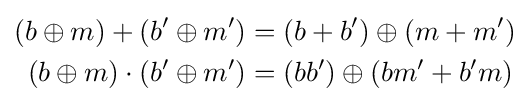
{\begin{aligned}(b\oplus m)+(b'\oplus m')&=(b+b')\oplus (m+m')\\(b\oplus m)\cdot (b'\oplus m')&=(bb')\oplus (bm'+b'm)\end{aligned}}